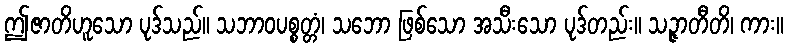
ဤဇာတိဟူသော ပုဒ်သည်။ သဘာဝပစ္စတ္တံ၊ သဘော ဖြစ်သော အသီးသော ပုဒ်တည်း။ သဉ္ဇာတီတိ၊ ကား။